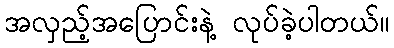
အလှည့်အပြောင်းနဲ့ လုပ်ခဲ့ပါတယ်။